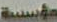
مؤسسة